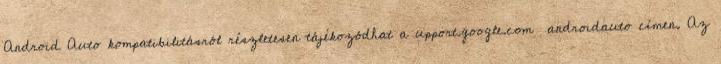
Android Auto kompatibilitásról részletesen tájékozódhat a upport.google.com androidauto címen. Az